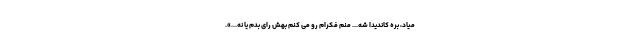
میاد، بره کاندیدا شه... منم فکرام رو می کنم بهش رای بدم یا نه...».